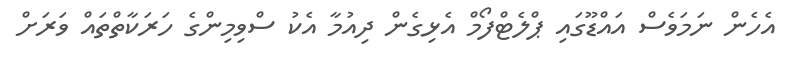
އެހެން ނަމަވެސް އައްޑޫގައި ޕްލެޓްފޯމް އެޅިގެން ދިއުމާ އެކު ސްވިމިންގެ ހަރަކާތްތައް ވަރަށް